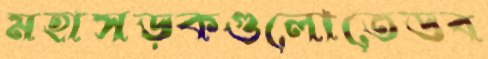
মহাসড়কগুলোতেডব